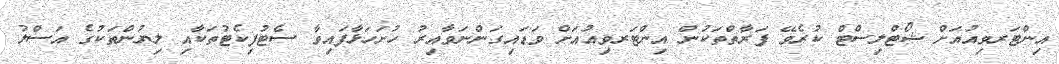
އިންޓަރވިއުއަށް ޝޯޓްލިސްޓް ކުރެވޭ ފަރާތްތަކުން އިންޓަރވިއުއަށް ވަޑައިގަންނަވާއިރު ހުށަހަޅާފައިވާ ސެޓުފިކެޓުތަކާއި ލިޔުންތަކުގެ އަސްލު